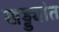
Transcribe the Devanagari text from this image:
खड्ड्यांत